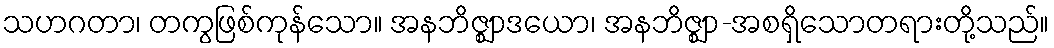
သဟဂတာ၊ တကွဖြစ်ကုန်သော။ အနဘိဇ္ဈာဒယော၊ အနဘိဇ္ဈာ-အစရှိသောတရားတို့သည်။